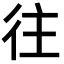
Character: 往